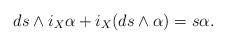
LaTeX: \begin{align*} ds\wedge i_X\alpha+i_X(ds\wedge\alpha)=s\alpha. \end{align*}